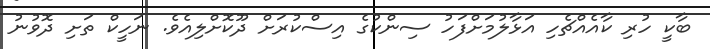
ބާކީ ހުރި ކާއެއްޗެހި އަޅާލުމަށްފަހު ސިންކުގެ އިސްކުރަށް ދޫކޮށްލިއެވެ. ނަހީކް ތަށި ދޮވުނު